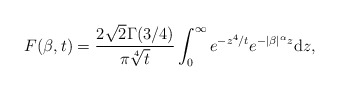
\begin{align*}F(\beta,t) = \frac{2\sqrt{2}\Gamma(3/4)}{\pi \sqrt[4]{t}}\int_0^{\infty} e^{-z^4/t}e^{-|\beta|^{\alpha}z}\mathrm dz,\end{align*}